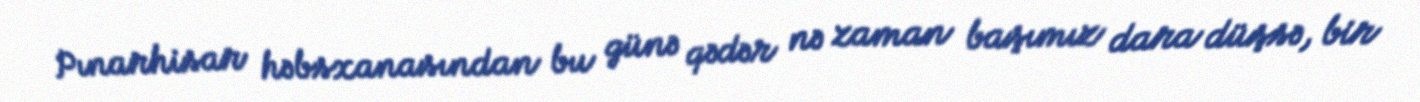
Pınarhisar həbsxanasından bu günə qədər nə zaman başımız dara düşsə, bir